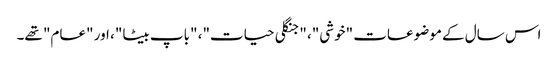
اس سال کے موضوعات "خوشی"، "جنگلی حیات"، "باپ بیٹا"، اور "عام" تھے۔